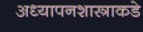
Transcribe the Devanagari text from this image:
अध्यापनशास्त्राकडे